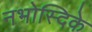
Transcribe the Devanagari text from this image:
नभोस्दिके